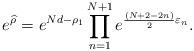
LaTeX: \begin{align*}e^{\widehat{\rho}}=e^{Nd-\rho_1}\prod_{n=1}^{N+1}e^{\frac{(N+2-2n)}{2}\varepsilon_n}.\end{align*}